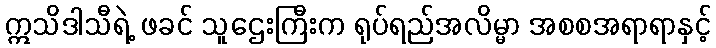
ဣသိဒါသီရဲ့ ဖခင် သူဌေးကြီးက ရုပ်ရည်အလိမ္မာ အစစအရာရာနှင့်